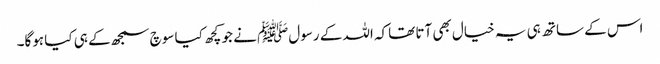
اس کے ساتھ ہی یہ خیال بھی آتا تھاکہ اللہ کے رسولﷺ نے جو کچھ کیا سوچ سمجھ کے ہی کیا ہوگا۔